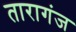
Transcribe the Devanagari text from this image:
तारागंज